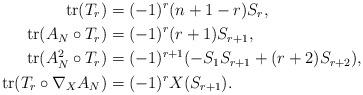
LaTeX: \begin{align*} \mathrm{tr}(T_{r}) & =(-1)^{r}(n+1-r) S_{r},\\ \mathrm{tr}(A_{N}\circ T_{r}) & =(-1)^{r}(r+1)S_{r+1},\\ \mathrm{tr}(A_{N}^{2}\circ T_{r}) & =(-1)^{r+1}(-S_{1} S_{r+1} + (r + 2) S_{r+2}),\\ \mathrm{tr}(T_{r}\circ\nabla_{X} A_{N})& = (-1)^{r}X(S_{r+1}).\end{align*}